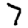
Digit: 7